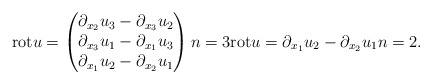
\begin{align*}\mathrm{rot} u =\begin{pmatrix}\partial_{x_{2}} u_{3} - \partial_{x_{3}} u_{2} \\\partial_{x_{3}} u_{1} - \partial_{x_{1}} u_{3} \\\partial_{x_{1}} u_{2} - \partial_{x_{2}} u_{1}\end{pmatrix} n = 3 \mathrm{rot} u = \partial_{x_{1}} u_{2} - \partial_{x_{2}} u_{1} n = 2. \end{align*}